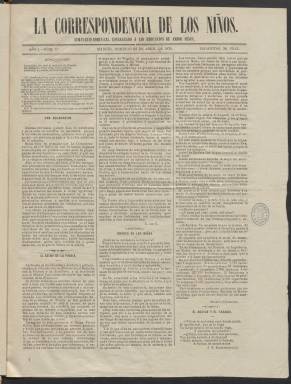
Título: La Correspondencia de los niños
Colección: Revistas infantiles || Literatura
Ámbito geográfico: Madrid
Lugar de publicación: Madrid
Fechas: 09/04/1876-04/02/1877

En su primer número el semanario defiende la importancia de la educación y el poco dinero que se le dedica por parte de los Gobiernos. Son muy significativas estas palabras: ‘El testimonio de todas las prisiones del mundo en lo que respecta a las relaciones que existen entre el crimen, la miseria y la ignorancia no puede ser más concluyente. El noventa y cinco por ciento de los crímenes se cometen por personas que no saben leer ni escribir, y está probado que, entre cada doscientos criminales, existe uno apenas que haya recibido una mediana educación’.

 Este primer número incluye también un artículo sobre lo malo del hábito del tabaco y otro dedicado a pensamientos del filósofo Jaime Balmes. El periódico, de cuatro páginas por entrega, incluía artículos de varias materias, entre las que destacan las históricas, charadas, poemas, pasatiempos, concursos, y también un relato por entregas en sus últimas páginas. Muchas de las colaboraciones eran obra de los propios niños suscriptores.

  A medida que La Correspondencia de los niños se fue afianzando fue ganando en presencia gráfica, con números en los que las ilustraciones llegaban a ocupar una página entera. También la portada ganó en vistosidad con un dibujo en la cabecera. Una de las secciones estaba dedicada a grandes figuras de la historia con un grabado del personaje. Otras ilustraciones eran paisajes como la de la ciudad de Santa Cruz de Tenerife con el Teide al fondo que se puede ver en el número del 13 de agosto de 1876.

  El 1 de octubre el semanario comenzó una segunda época, iniciando de nuevo la numeración, debido a algunas novedades, entre ellas el cambio de sede de la redacción, que pasó de la calle Leganitos a la de Alcalá, una edición de lujo además de la popular y un nuevo semanario titulado El Ateneo que, según se anunciaba, sería redactado por jóvenes estudiantes de distintas facultades.

   El último número de la publicación lleva fecha de 4 de febrero de 1877. Fue seguido entonces por otro semanario, La Correspondencia de la Juventud, cuyo propietario y director era el mismo: Fermín Ibáñez.

[Descripción publicada el 8/09/2023]